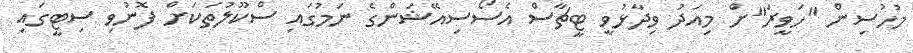
މުހުސިން "ހަވީރަ"ށް މިއަދު ވިދާޅުވީ ޓީޗާސް އެސޯސިއޭޝަންގެ ނަމުގައި ސްކޫލުތަކަށް ފޮނުވި ސިޓީގައި